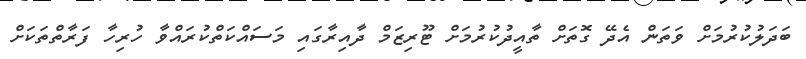
ބަދަލުކުރުމަށް ވަތަން އެދޭ ގޮތަށް ތާއީދުކުރުމަށް ޓޫރިޒަމް ދާއިރާގައި މަސައްކަތްކުރައްވާ ހުރިހާ ފަރާތްތަކަށް